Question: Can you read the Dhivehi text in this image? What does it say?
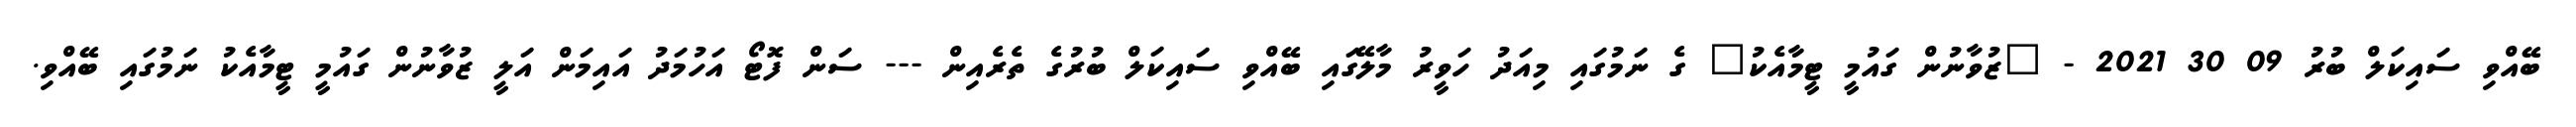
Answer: ބޭއްވި ސައިކަލް ބުރު 09 30 2021 - "ޒުވާނުން ގައުމީ ޓީމާއެކު" ގެ ނަމުގައި މިއަދު ހަވީރު މާލޭގައި ބޭއްވި ސައިކަލް ބުރުގެ ތެރެއިން --- ސަން ފޮޓޯ އަހުމަދު އައިމަން އަލީ ޒުވާނުން ގައުމީ ޓީމާއެކު ނަމުގައި ބޭއްވި.